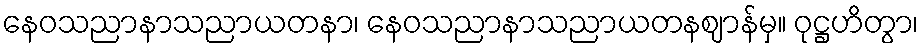
နေဝသညာနာသညာယတနာ၊ နေဝသညာနာသညာယတနဈာန်မှ။ ဝုဋ္ဌဟိတွာ၊